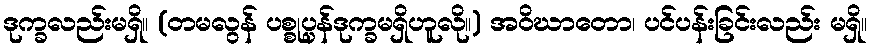
ဒုက္ခလည်းမရှိ။ (တမလွန် ပစ္စုပ္ပန်ဒုက္ခမရှိဟူလို။) အဝိဃာတော၊ ပင်ပန်းခြင်းလည်း မရှိ။